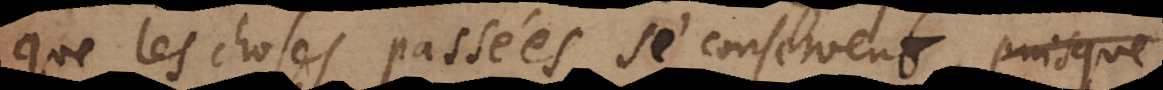
que les choses passées se conservent, puisque